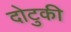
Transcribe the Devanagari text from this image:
दोटुकी